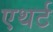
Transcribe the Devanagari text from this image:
एथर्ट